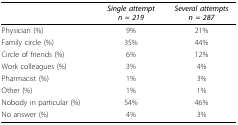
<table><thead><tr><td></td><td><b><i>Single attempt</i><i>n = 219</i></b></td><td><b><i>Several attempts</i><i>n = 287</i></b></td></tr></thead><tbody><tr><td>Physician (%)</td><td>9%</td><td>21%</td></tr><tr><td>Family circle (%)</td><td>35%</td><td>44%</td></tr><tr><td>Circle of friends (%)</td><td>6%</td><td>12%</td></tr><tr><td>Work colleagues (%)</td><td>3%</td><td>4%</td></tr><tr><td>Pharmacist (%)</td><td>1%</td><td>3%</td></tr><tr><td>Other (%)</td><td>1%</td><td>1%</td></tr><tr><td>Nobody in particular (%)</td><td>54%</td><td>46%</td></tr><tr><td>No answer (%)</td><td>4%</td><td>3%</td></tr></tbody></table>